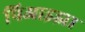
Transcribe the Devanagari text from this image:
पिआझ्झा